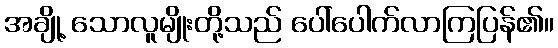
အချို့ သောလူမျိုးတို့သည် ပေါ်ပေါက်လာကြပြန်၏။